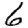
Digit: 6